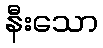
နီးသော